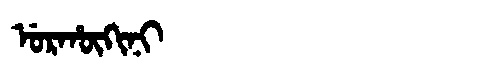
Manchu: ᡠᡵᡥᡡᡴᡳᠨᡳ
Romanization: URHŪKINI